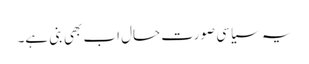
یہ سیاسی صورت حال اب بھی بنی ہے۔